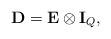
LaTeX: \begin{align*}\mathbf{D}=\mathbf{E}\otimes\mathbf{I}_Q,\end{align*}